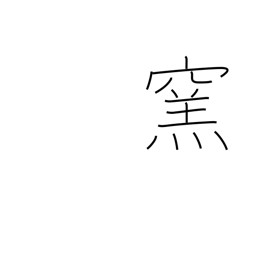
Meaning: furnace